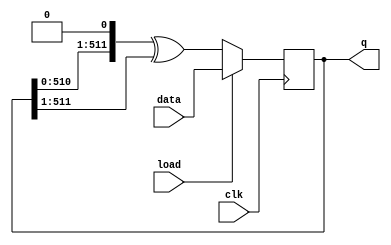
module top_module(
    input clk,
    input load,
    input [511:0] data,
    output reg [511:0] q ); 
    always@(posedge clk)begin
        if(load) q<=data;
        else q<={q[510:0],1'b0}^{1'b0,q[511:1]};
    end
endmodule